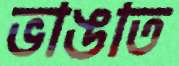
ভাঙাত